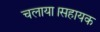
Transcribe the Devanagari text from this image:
चलाया।सहायक